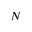
N